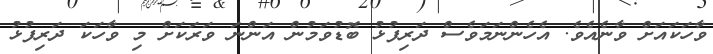
ވާހަކައަށް ވާނެއެވެ. އެހެންނަމަވެސް ދަރިފުޅު ބޮޑުވަމުން އަންނަ ވަރަކަށް މި ވާހަކަ ދަރިފުޅު